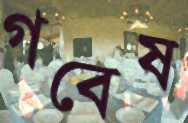
গবেষ